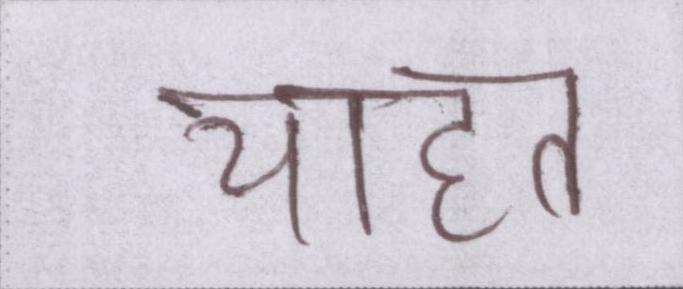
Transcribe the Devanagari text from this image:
चाहत